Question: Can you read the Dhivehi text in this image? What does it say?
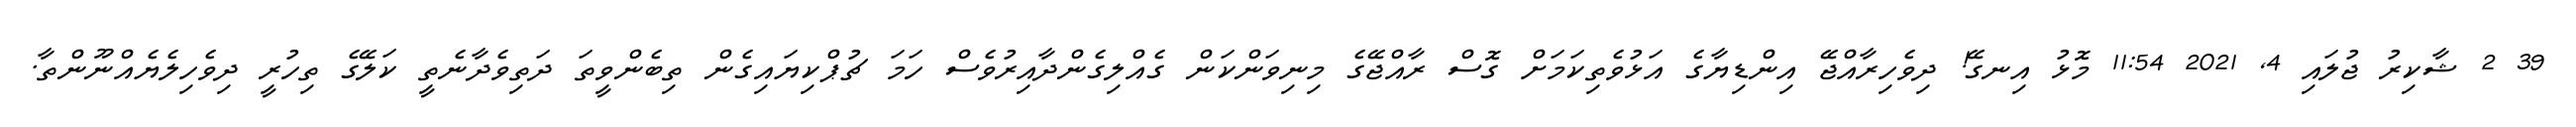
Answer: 39 2 ޝާކިރު ޖުލައި 4, 2021 11:54 މޮޅު އިނގޭ! ދިވެހިރާއްޖޭ އިންޑިޔާގެ އަޅުވެތިކަމަށް ގޮސް ރާއްޖޭގެ މިނިވަންކަން ގެއްލިގެންދާއިރުވެސް ހަމަ ޗުޕްކިޔައިގެން ތިބެންވީތަ ދަތިވެދާނެތީ ކަލޭގެ ތިހުރީ ދިވެހިލެޔެއްނޫންތާ.